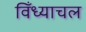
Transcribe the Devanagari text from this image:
विँध्याचल